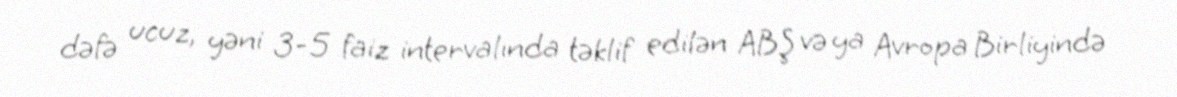
dəfə ucuz, yəni 3-5 faiz intervalında təklif edilən ABŞ və ya Avropa Birliyində